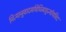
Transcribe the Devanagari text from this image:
नित्यानुवादमविधिमाहुर्न्यायविदः